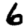
Digit: 6